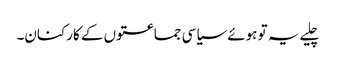
چلیے یہ تو ہوئے سیاسی جماعتوں کے کارکنان۔